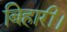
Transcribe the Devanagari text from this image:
बिहारी।